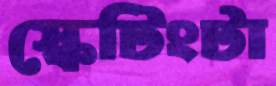
স্কেটিংটা